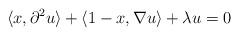
LaTeX: \begin{align*}\langle x, \partial^2 u \rangle + \langle 1-x, \nabla u \rangle + \lambda u = 0\end{align*}